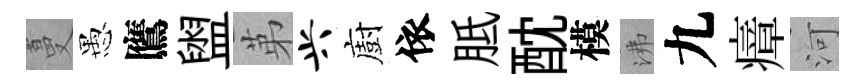
蔓愚鷹盥苐兴廚依胝酖模沸九瘴河